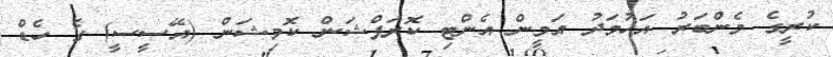
ކުރީގެ މެންބަރު އަހުމަދު އަމީން އެންޓި ކޮރަޕްޝަން ކޮމިޝަން (އޭސީސީ) ގެ ހެޑް